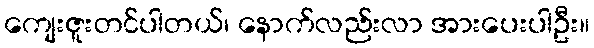
ကျေးဇူးတင်ပါတယ်၊ နောက်လည်းလာ အားပေးပါဦး။